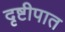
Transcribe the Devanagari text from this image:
दृष्टीपात